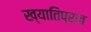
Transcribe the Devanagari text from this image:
ख्यातिप्रात